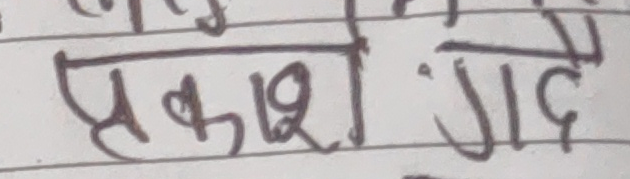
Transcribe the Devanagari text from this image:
प्रकाश गदे